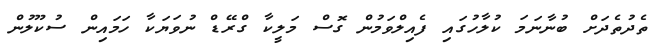
ތެދުތެދަށް ބުނާނަމަ ކުލާހުގައި ފެއިލްވަމުން ގޮސް މަލީކާ ގްރޭޑް ނުވަޔަކާ ހަމައިން ސުކޫލުން